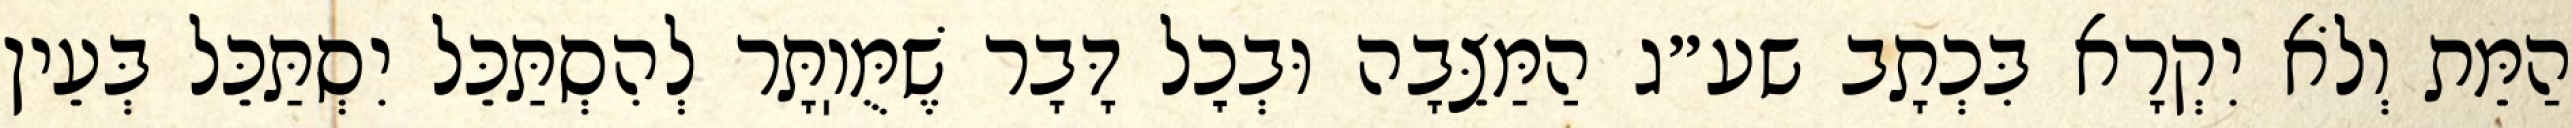
הַמֵּת וְלֹא יִקְרָא בִּכְתָב שע״ג הַמַּצֵּבָה וּבְכׇל דָּבָר שֶׁמֻּוֽתָּר לְהִסְתַּכֵּל יִסְתַּכֵּל בְּעֵין